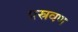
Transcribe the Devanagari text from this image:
प्रस्रवण